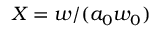
X = w / ( a _ { 0 } w _ { 0 } )